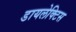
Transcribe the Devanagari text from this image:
डायलेक्टिस